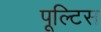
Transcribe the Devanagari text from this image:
पूल्टिस